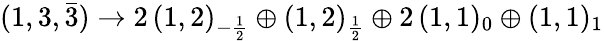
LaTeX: (1,3,{\bar{3}})\rightarrow 2\, (1,2)_{-{\frac{1}{2}}}\oplus(1,2)_{\frac{1}{2}}\oplus 2\, (1,1)_{0}\oplus(1,1)_{1}